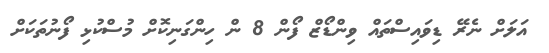
އަލަށް ނެރޭ ޑިވައިސްތައް ވިންޑޯޒް ފޯން 8 ން ހިންގަނިކޮށް މުސްކުޅި ފޯނުތަކަށް